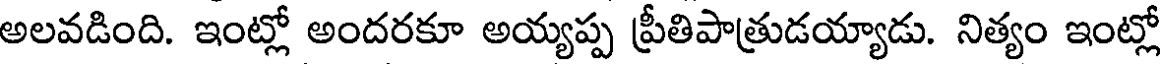
అలవడింది. ఇంట్లో అందరకూ అయ్యప్ప ప్రీతిపాత్రుడయ్యాడు. నిత్యం ఇంట్లో